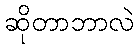
ဆိုတာဘာလဲ